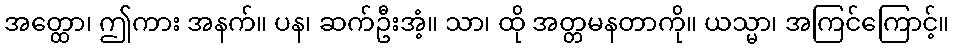
အတ္ထော၊ ဤကား အနက်။ ပန၊ ဆက်ဦးအံ့။ သာ၊ ထို အတ္တမနတာကို။ ယသ္မာ၊ အကြင်ကြောင့်။